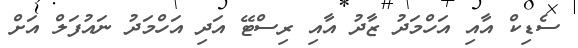
ސެޑިކް އާއި އަހްމަދު ޒާދު އާއި ރިސްޓޭ އަދި އަހްމަދު ނައުފަލް އަށް